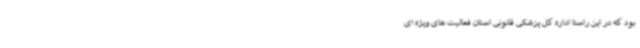
بود که در این راستا اداره کل پزشکی قانونی استان فعالیت های ویژه ای